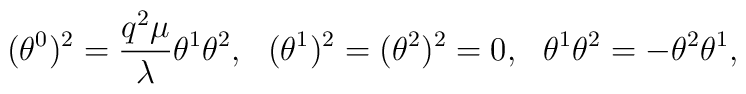
(\theta^0)^2=\frac{q^2\mu}{\lambda}\theta^1\theta^2,~~(\theta^1)^2=(\theta^2)^2=0,~~\theta^1\theta^2=-\theta^2\theta^1,